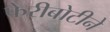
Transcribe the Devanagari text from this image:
फेरीबोटीने